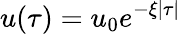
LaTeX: u(\tau)=u_{0}e^{-\xi|\tau|}